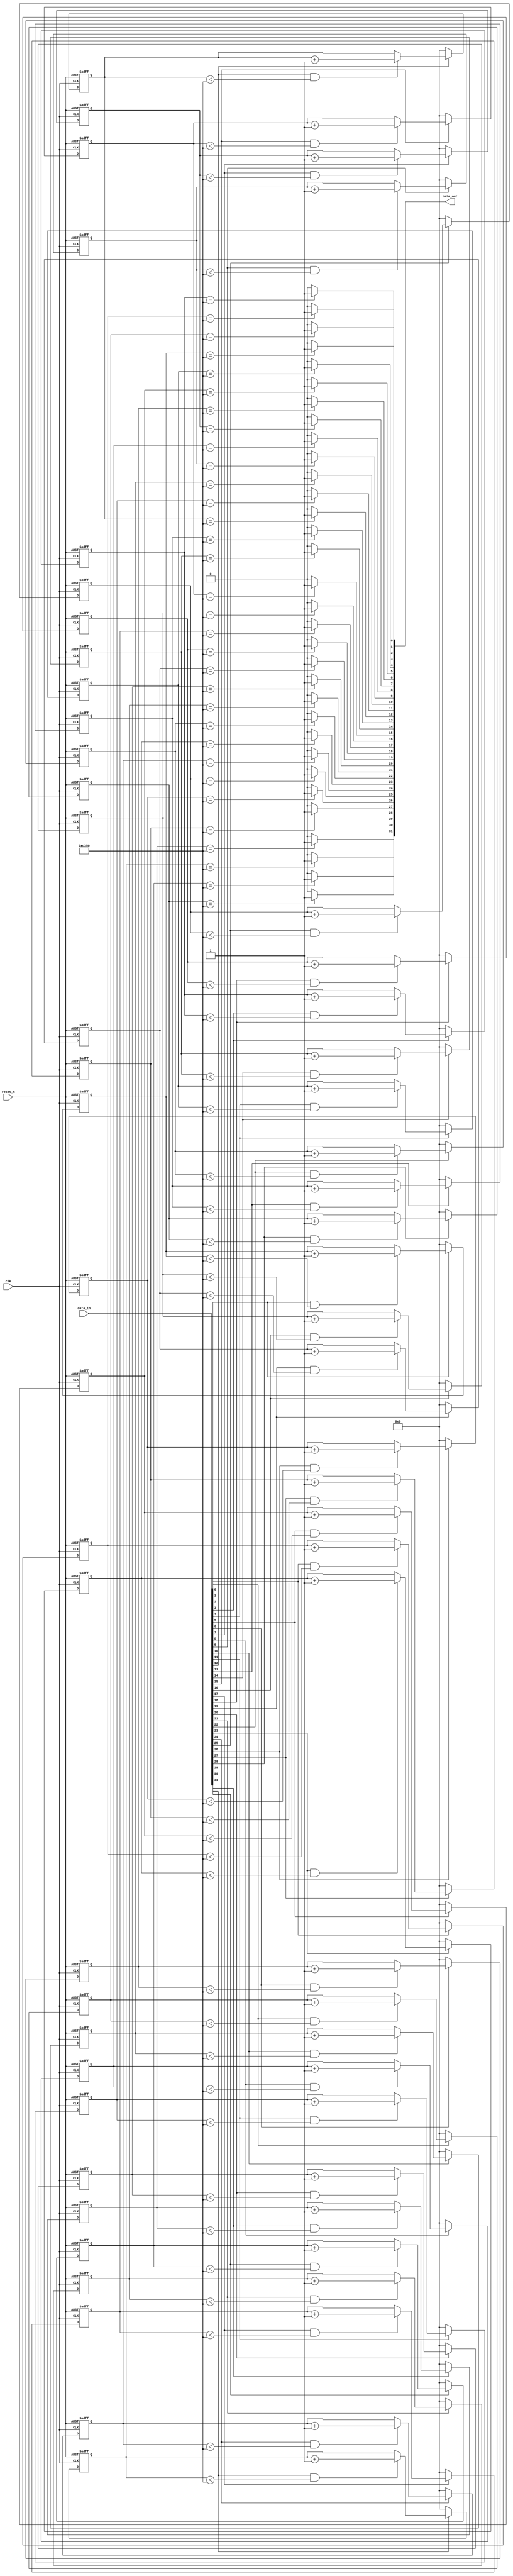
module debounce_15 (
  clk,
  reset_n,
  data_in,
  data_out
);
  parameter WIDTH = 32;           
  parameter POLARITY = "HIGH";    
  parameter TIMEOUT = 50000;      
  parameter TIMEOUT_WIDTH = 16;   
  input wire clk;
  input wire reset_n;
  input wire [WIDTH-1:0] data_in;
  output wire [WIDTH-1:0] data_out;
  reg [TIMEOUT_WIDTH-1:0] counter [0:WIDTH-1];
  wire counter_reset [0:WIDTH-1];
  wire counter_enable [0:WIDTH-1];
  genvar i;
  generate for (i = 0; i < WIDTH; i = i+1)
  begin:  debounce_counter_loop
    always @ (posedge clk or negedge reset_n)
    begin
      if (reset_n == 0)
      begin
        counter[i] <= 0;
      end
      else
      begin
        if (counter_reset[i] == 1)  
        begin
          counter[i] <= 0;
        end
        else if (counter_enable[i] == 1)
        begin
          counter[i] <= counter[i] + 1'b1;
        end
      end
    end
    if (POLARITY == "HIGH")
    begin
      assign counter_reset[i] = (data_in[i] == 0);
      assign counter_enable[i] = (data_in[i] == 1) & (counter[i] < TIMEOUT);
      assign data_out[i] = (counter[i] == TIMEOUT) ? 1'b1 : 1'b0;
    end
    else
    begin
      assign counter_reset[i] = (data_in[i] == 1);
      assign counter_enable[i] = (data_in[i] == 0) & (counter[i] < TIMEOUT);
      assign data_out[i] = (counter[i] == TIMEOUT) ? 1'b0 : 1'b1;    
    end
  end  
  endgenerate
endmodule